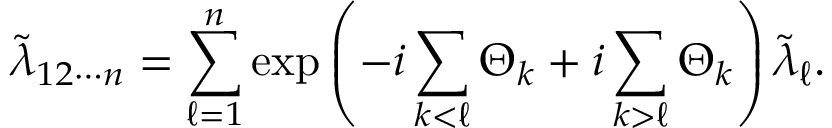
\tilde { \lambda } _ { 1 2 \cdots n } = \sum _ { \ell = 1 } ^ { n } \exp \left( - i \sum _ { k < \ell } \Theta _ { k } + i \sum _ { k > \ell } \Theta _ { k } \right) \tilde { \lambda } _ { \ell } .